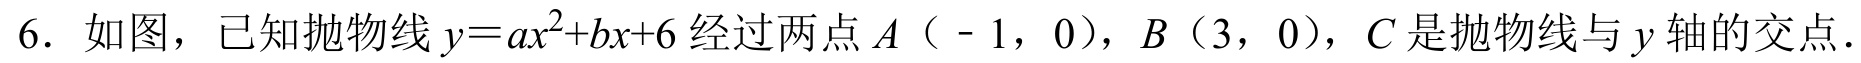
6. 如图，已知抛物线\(y = ax^{2}+bx + 6\)经过两点\(A（ - 1,0）\)，\(B（3,0）\)，\(C\)是抛物线与\(y\)轴的交点.